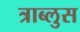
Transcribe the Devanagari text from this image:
त्राब्लुस